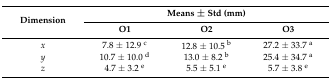
<table><thead><tr><td rowspan="2"><b>Dimension</b></td><td colspan="3"><b>Means ± Std (mm)</b></td></tr><tr><td><b>O1</b></td><td><b>O2</b></td><td><b>O3</b></td></tr></thead><tbody><tr><td><i>x</i></td><td>7.8 ± 12.9 <sup>c</sup></td><td>12.8 ± 10.5 <sup>b</sup></td><td>27.2 ± 33.7 <sup>a</sup></td></tr><tr><td><i>y</i></td><td>10.7 ± 10.0 <sup>d</sup></td><td>13.0 ± 8.2 <sup>b</sup></td><td>25.4 ± 34.7 <sup>a</sup></td></tr><tr><td><i>z</i></td><td>4.7 ± 3.2 <sup>e</sup></td><td>5.5 ± 5.1 <sup>e</sup></td><td>5.7 ± 3.8 <sup>e</sup></td></tr></tbody></table>